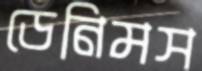
ডেনিমস